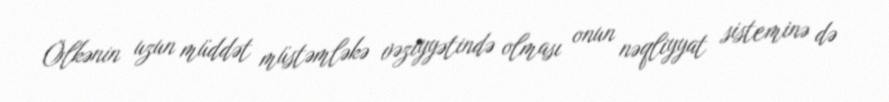
Ölkənin uzun müddət müstəmləkə vəziyyətində olması onun nəqliyyat sisteminə də